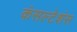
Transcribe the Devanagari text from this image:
कंसल्टेशंस